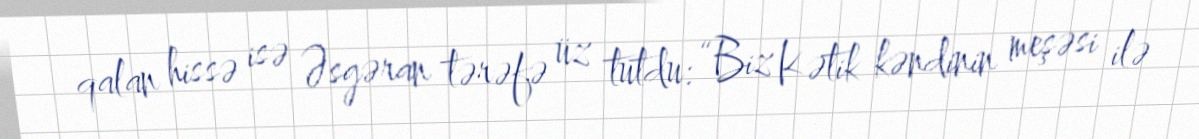
qalan hissə isə Əsgəran tərəfə üz tutdu: “Biz Kətik kəndinin meşəsi ilə